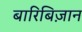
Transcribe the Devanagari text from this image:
बारिबिज़ान